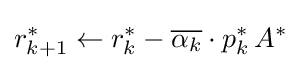
r_{k+1}^{*}\leftarrow r_{k}^{*}-{\overline {\alpha _{k}}}\cdot p_{k}^{*}\,A^{*}